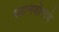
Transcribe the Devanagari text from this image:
ध्यानयोगाचे